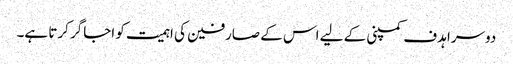
دوسرا ہدف کمپنی کے لیے اس کے صارفین کی اہمیت کو اجاگر کرتا ہے۔